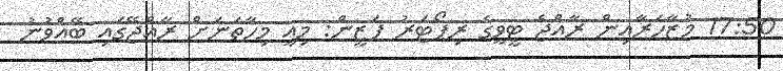
17:50 މުޒާހަރާއިން ރާއްޖެ ޓީވީގެ ރިޕޯޓަރު ފަޒީން: މިއީ މިހާތަނަށް ރާއްޖޭގައި ބޭއްވުނު